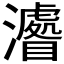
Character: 𤃔